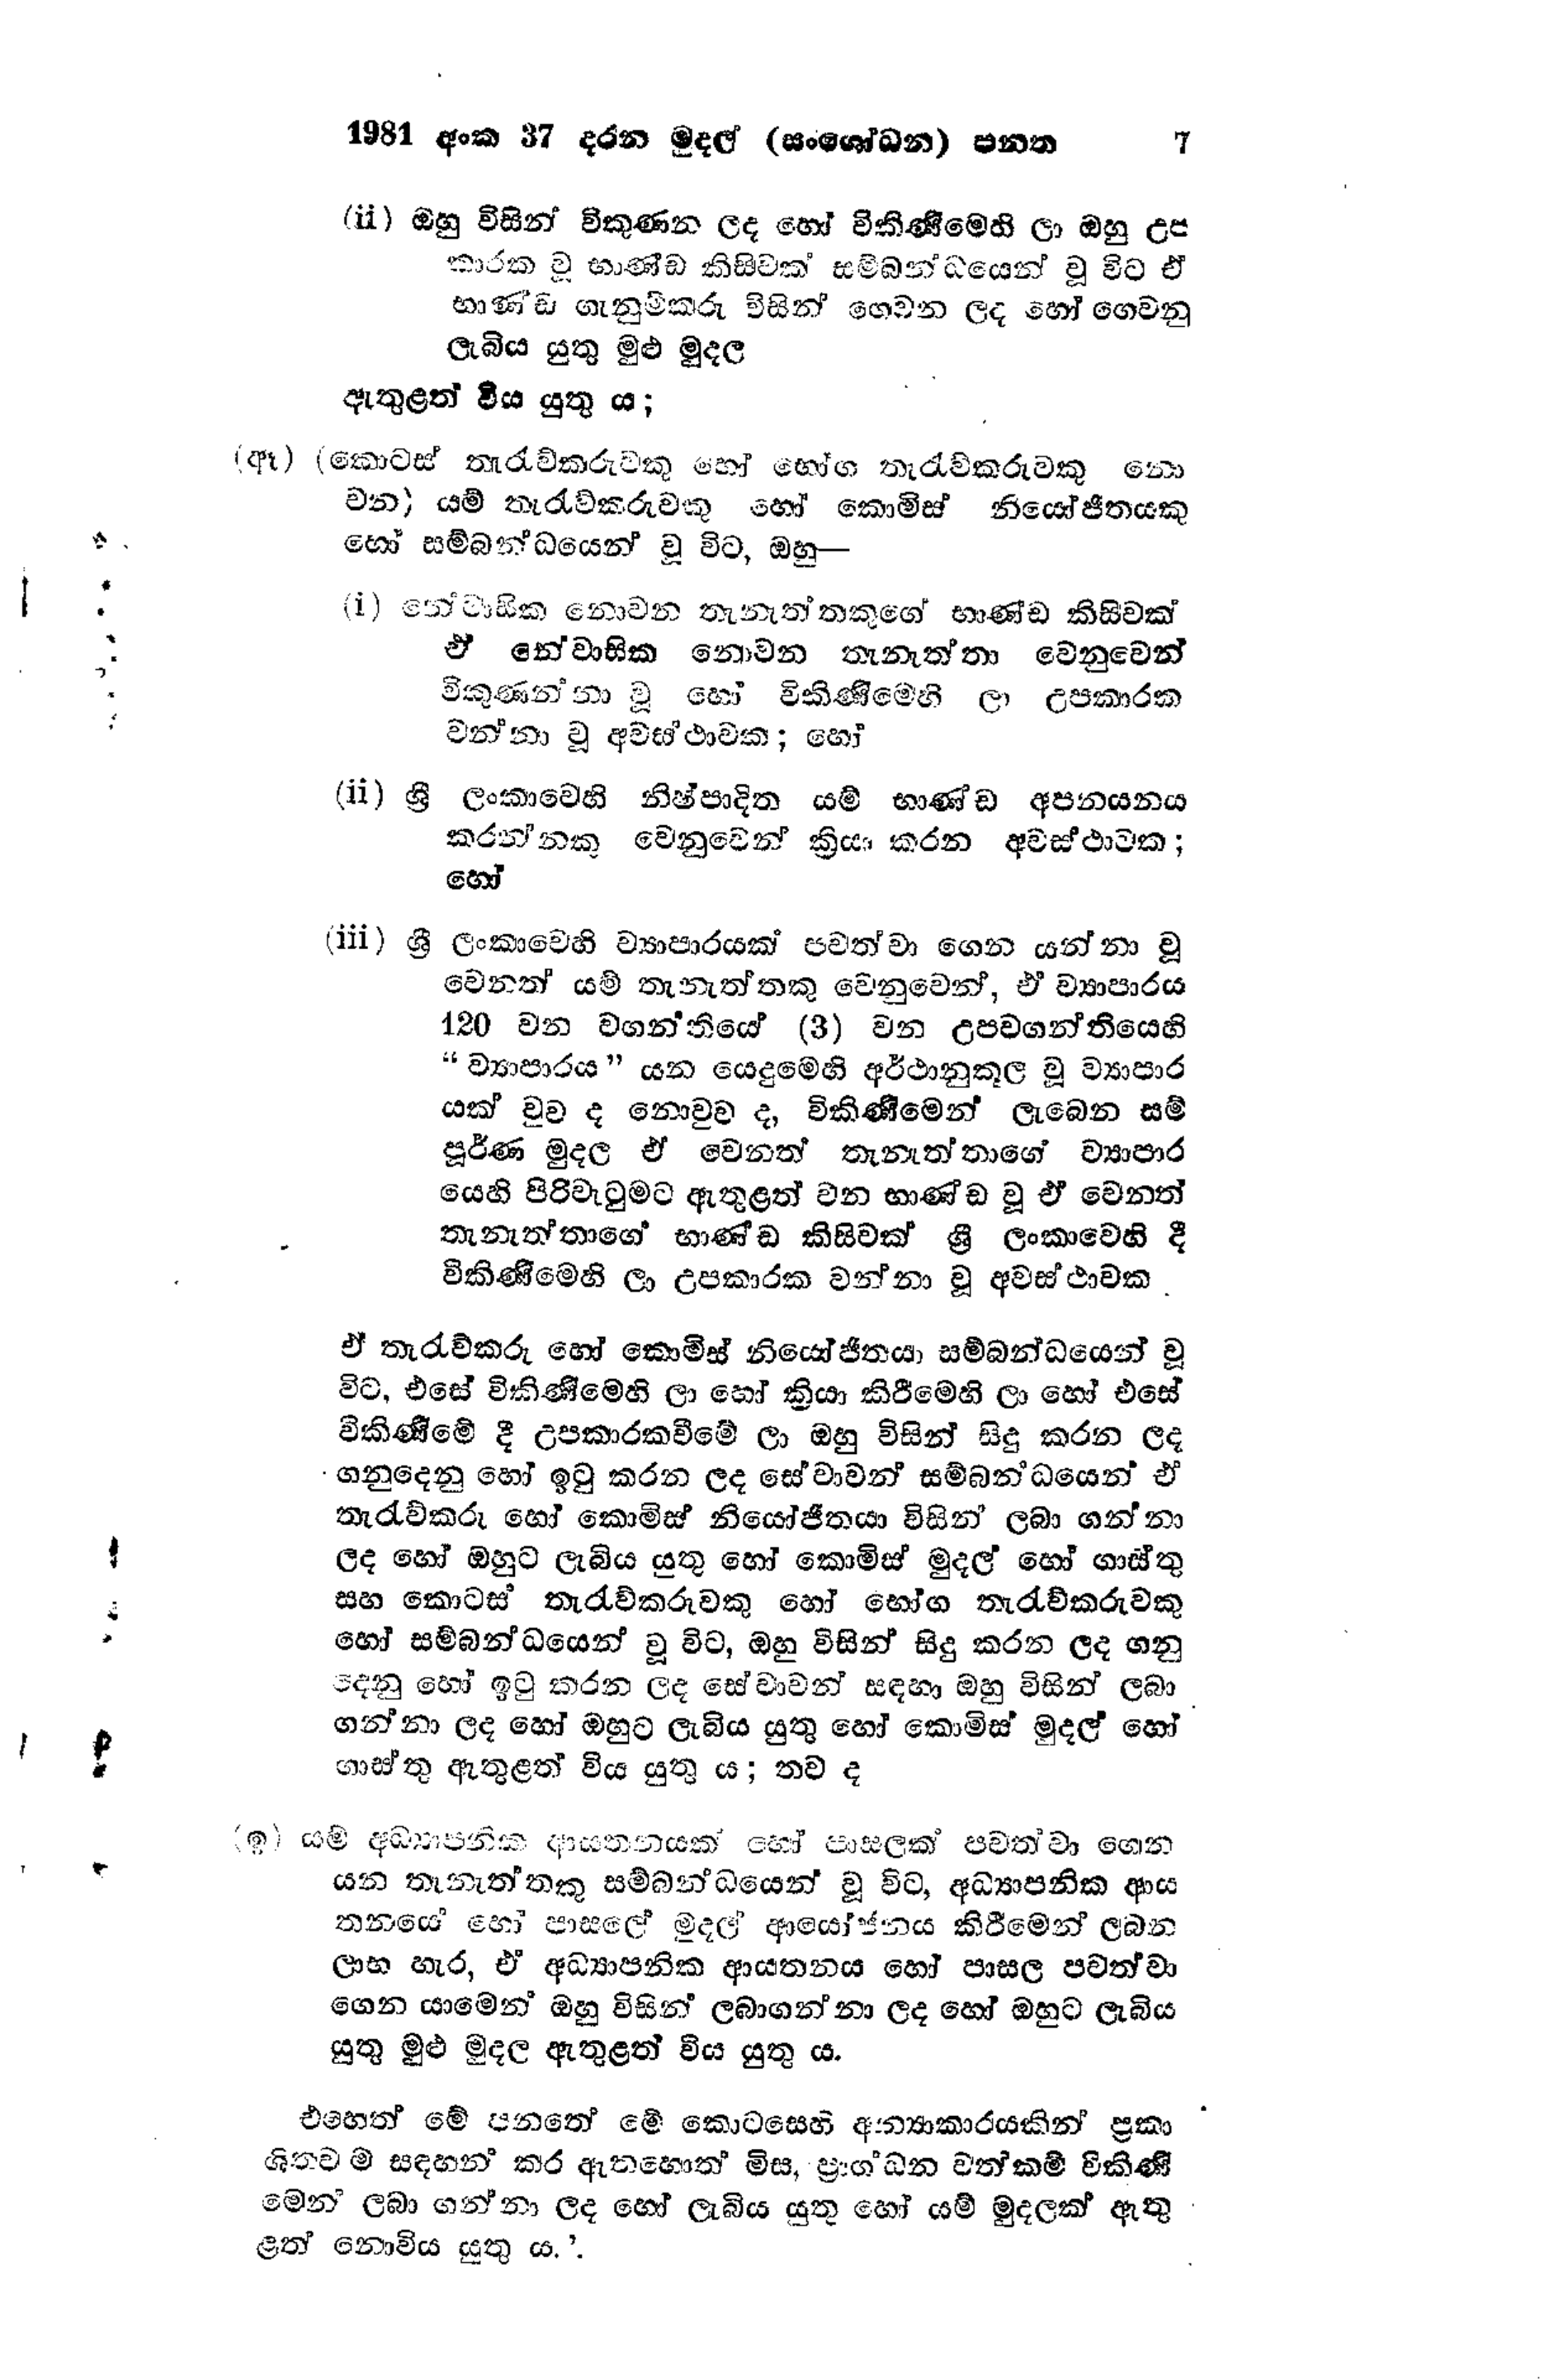
1981 අංක 37 දරන මුදල් (සංශෝධන) පනත   7

(ii) ඔහු විසින් විකුණන ලද හෝ විකිණීමෙහි ලා ඔහු උප
කාරක වූ භාණ්ඩ කිසිවක් සම්බන්ධයෙන් වූ විට ඒ
භාණ්ඩ ගැනුම්කරු විසින් ගෙවන ලද හෝ ගෙවනු
ලැබිය යුතු මුළු මුදල
ඇතුළත් විය යුතු ය;

(ඈ) (කොටස් තැරැව්කම්කරුවකු හෝ භොග තැරැව්කරුවකු
වන, යම් තැරැව්කම්කරුවකු හෝ කොමිස් නියෝජිතයකු
හෝ සම්බන්ධයෙන් වූ විට, ඔහු -

(i) නේවාසික නොවන තැනැත්තකුගේ භාණ්ඩ කිසිවක්
ඒ නේවාසික නොවන තැනැත්තා වෙනුවෙන්
විකුණන්නා වූ හෝ විකිණීමෙහි ලා උපකාරක
වන්නා වූ අවස්ථාවක; හෝ

(ii) ශ්‍රී ලංකාවෙහි නිෂ්පාදිත යම් භාණ්ඩ අපනයනය
කරන්නෙකු වෙනුවෙන් ක්‍රියා කරන අවස්ථාවක;
හෝ

(iii) ශ්‍රී ලංකාවෙහි ව්‍යාපාරයක් පවත්වා ගෙන යන්නා වූ
වෙනත් යම් තැනැත්තකු වෙනුවෙන්, ඒ ව්‍යාපාරය
120 වන වගන්තියේ (3) වන උපවගන්තියෙහි
"ව්‍යාපාරය" යන යෙදුමෙහි අර්ථානුකූල වූ ව්‍යාපාර
යක් වුවද නොවුව ද, විකිණීමෙන් ලැබෙන සම්
පූර්ණ මුදල ඒ වෙනත් තැනැත්තාගේ ව්‍යාපාර
යෙහි පිරිවැටුමට ඇතුළත් වන භාණ්ඩ වූ ඒ වෙනත්
තැනැත්තාගේ භාණ්ඩ කිසිවක් ශ්‍රී ලංකාවෙහි දී
විකිණීමෙහි ලා උපකාරක වන්නා වූ අවස්ථාවක

ඒ තැරැව්කරු හෝ කොමිස් නියෝජිතයා සම්බන්ධයෙන් වූ
විට, එසේ විකිණීමෙහි ලා හෝ ක්‍රියා කිරීමෙහි ලා හෝ එසේ
විකිණීමේ දී උපකාරකවීමේ ලා ඔහු විසින් සිදු කරන ලද
ගනුදෙනු හෝ ඉටු කරන ලද සේවාවන් සම්බන්ධයෙන් ඒ
තැරැව්කරු හෝ කොමිස් නියෝජිතයා විසින් ලබා ගන්නා
ලද හෝ ඔහුට ලැබිය යුතු හෝ කොමිස් මුදල් හෝ ගාස්තු
සහ කොටස තැරැව්කරුවකු හෝ භෝග තැරැව්කරුවකු
හෝ සම්බන්ධයෙන් වූ විට, ඔහු විසින් සිදු කරන ලද ගනු
දෙනු හෝ ඉටු කරන ලද සේවාවන් සඳහා ඔහු විසින් ලබා
ගන්නා ලද හෝ ඔහුට ලැබිය යුතු හෝ කොමිස් මුදල් හෝ
ගාස්තු ඇතුළත් විය යුතු ය; තව ද

(ඉ) යම් අධ්‍යාපනික ආයතනයක් හෝ පාසලක් පවත්වා ගෙන
යන තැනැත්තකු සම්බන්ධයෙන් වූ විට, අධ්‍යාපනික ආය
තනයේ හෝ පාසලේ මුදල් ආයෝජනය කිරීමෙන් ලබන
ලාභ හැර, ඒ අධ්‍යාපනික ආයතනය හෝ පාසල පවත්වා
ගෙන යාමෙන් ඔහු විසින් ලබාගන්නා ලද හෝ ඔහුට ලැබිය
යුතු මුළු මුදල ඇතුළත් විය යුතුය.

එහෙත් මේ පනතේ මේ කොටසෙහි අන්‍යාකාරයකින් ප්‍රකා
ශිතවම සඳහන් කර ඇතහොත් මිස, ප්‍රාග්ධන වත්කම් විකිණි
මෙන ලබා ගන්නා ලද හෝ ලැබිය යුතු හෝ යම් මුදලක් ඇතු
ළත් නොවිය යුතු ය.’.